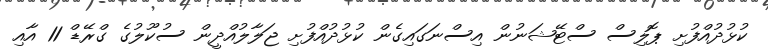
ކުޅުދުއްފުށި ޕޮލިސް ސްޓޭޝަނުން އިސްނަގައިގެން ކުޅުދުއްފުށި ޖަލާލުއްދީން ސުކޫލުގެ ގްރޭޑް 11 އާއި